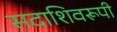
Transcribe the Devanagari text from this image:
सदाशिवरूपी